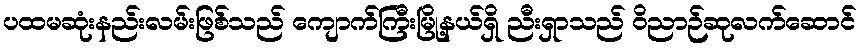
ပထမဆုံးနည်းလမ်းဖြစ်သည် ကျောက်ကြီးမြို့နယ်ရှိ ညီးရှာသည် ဝိညာဉ်ဆုလက်ဆောင်